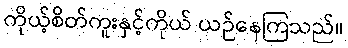
ကိုယ့်စိတ်ကူးနှင့်ကိုယ် ယဉ်နေကြသည်။